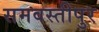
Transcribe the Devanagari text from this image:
समवस्तीपुर